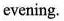
evening.